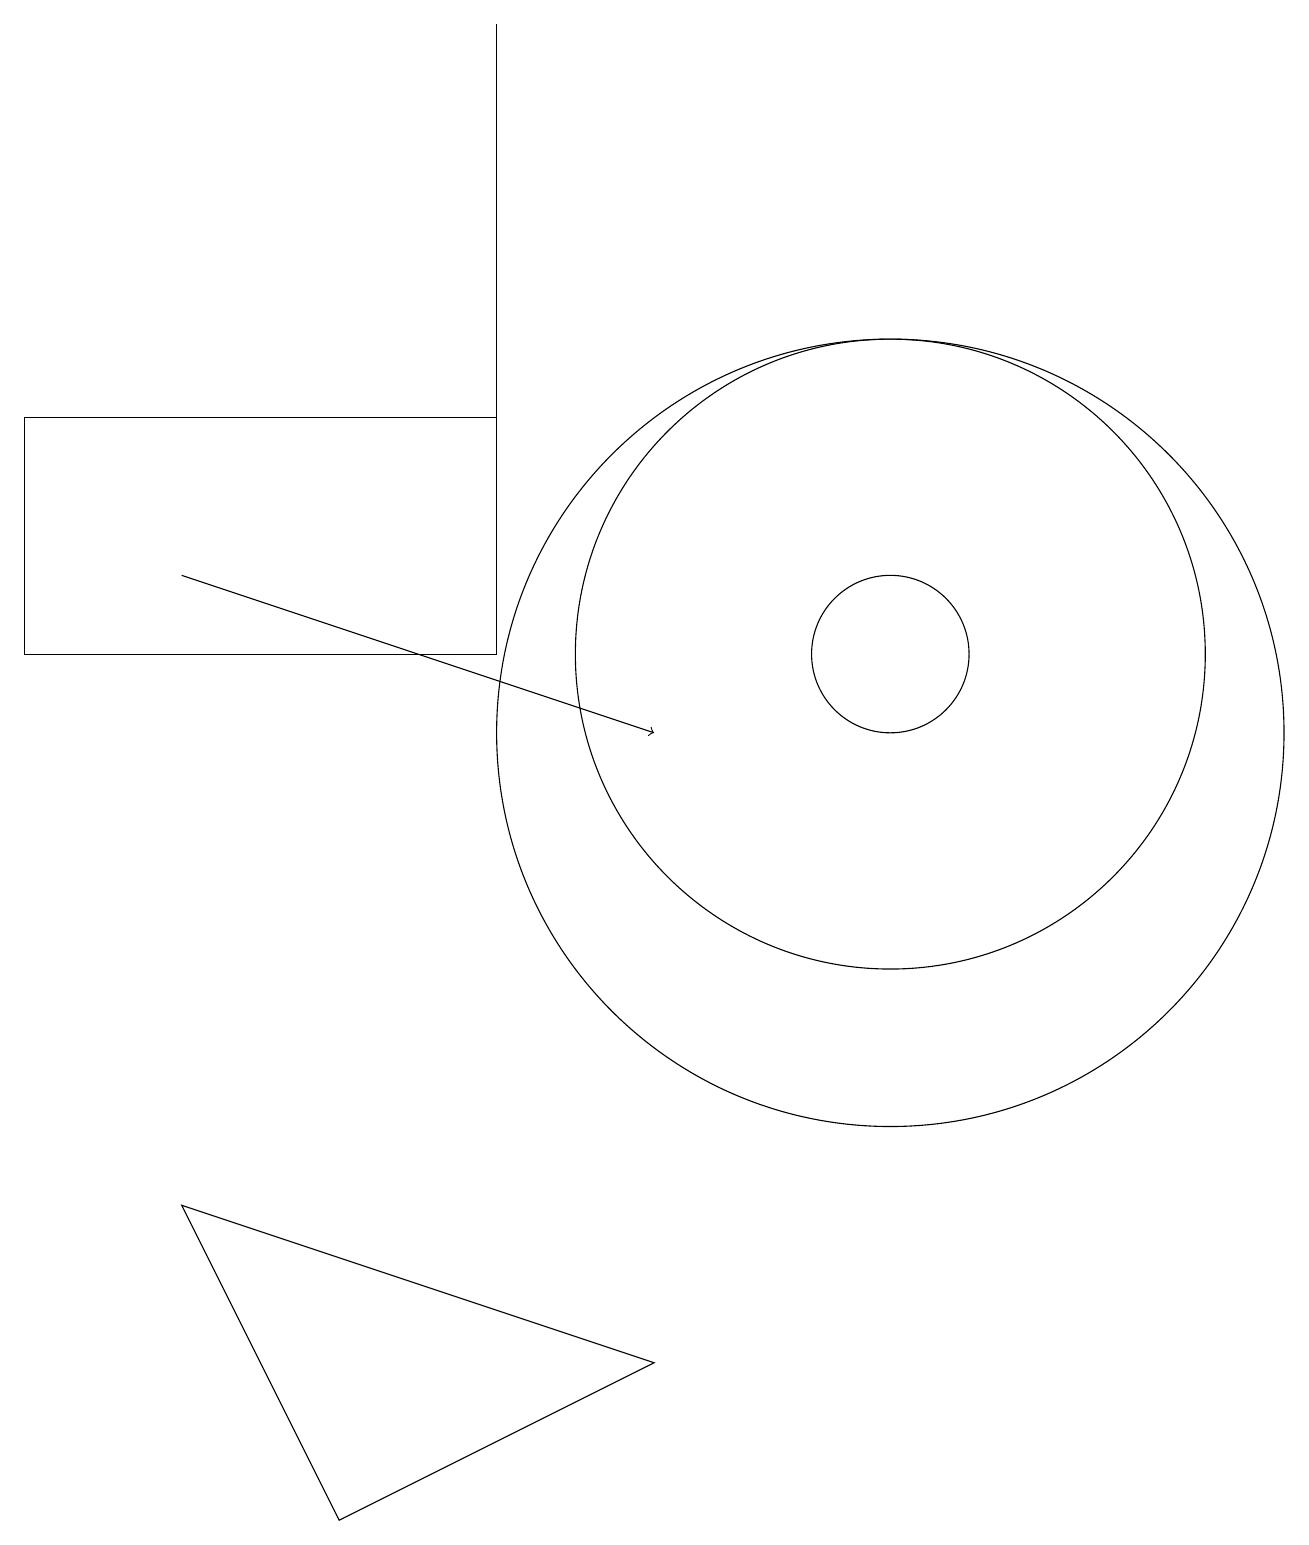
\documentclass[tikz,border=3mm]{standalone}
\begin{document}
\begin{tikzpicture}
\draw (6,11) rectangle (0,14);
\draw (8,2) -- (2,4) -- (4,0) -- cycle;
\draw (11,11) circle (1);
\draw (11,10) circle (5);
\draw (11,11) circle (4);
\draw[->] (2,12) -- (8,10);
\draw (6,19) rectangle (6,14);
\draw (11,11) circle (0);
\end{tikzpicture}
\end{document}